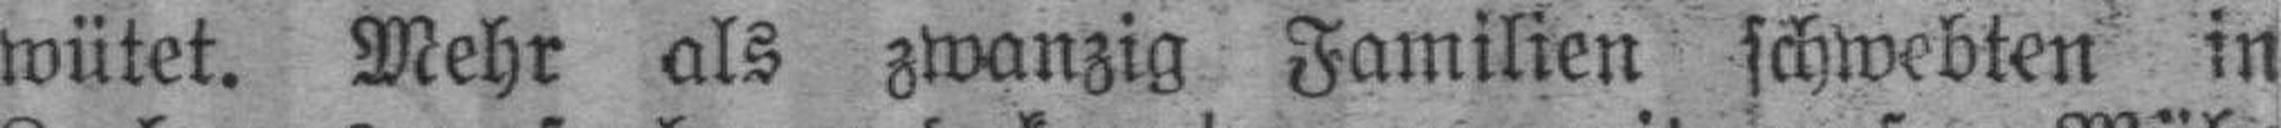
wütet. Mehr als zwanzig Familien schwebten in